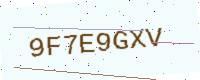
Text: 9F7E9GXV